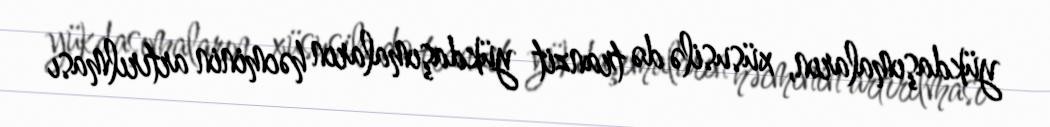
yükdaşımaların, xüsusilə də tranzit yükdaşımaların həcminin artırılması